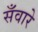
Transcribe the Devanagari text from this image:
सँवारे